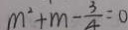
m ^ { 2 } + m - \frac { 3 } { 4 } = 0